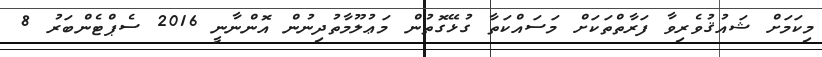
މިކަމަށް ޝައުޤުވެރިވާ ފަރާތްތަކަށް މަސައްކަތާ ގުޅޭގޮތުން މަޢުލޫމާތުދިނުން އޮންނާނީ 2016 ސެޕްޓެންބަރު 8